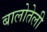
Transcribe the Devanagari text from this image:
बालोतेली